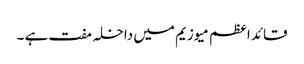
قائد اعظم میوزیم میں داخلہ مفت ہے ۔